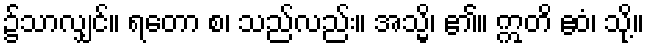
၌သာလျှင်။ ရတော စ၊ သည်လည်း။ အသ္မိ၊ ၏။ ဣတိ ဧဝံ၊ သို့။